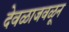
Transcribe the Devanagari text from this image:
देवळाजवळून